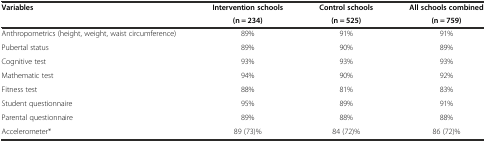
| <ROWSPAN=2> Variables | Intervention schools | Control schools | All schools combined |
 | (n = 234) | (n = 525) | (n = 759) |
 | --- | --- | --- | --- |
 | Anthropometrics (height, weight, waist circumference) | 89% | 91% | 91% |
 | Pubertal status | 89% | 90% | 89% |
 | Cognitive test | 93% | 93% | 93% |
 | Mathematic test | 94% | 90% | 92% |
 | Fitness test | 88% | 81% | 83% |
 | Student questionnaire | 95% | 89% | 91% |
 | Parental questionnaire | 89% | 88% | 88% |
 | Accelerometer* | 89 (73)% | 84 (72)% | 86 (72)% |